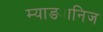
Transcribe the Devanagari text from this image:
म्याङ्यानिज